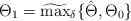
LaTeX: \begin{align*}\Theta_1 = \widetilde{\max}_{\delta} \{\hat{\Theta}, \Theta_0\}\end{align*}